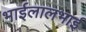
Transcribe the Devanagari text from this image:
भाईलालभाई